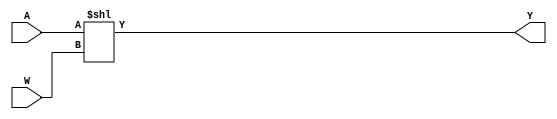
module LeftBarrelShifterA #
(
    parameter WIDTH = 32
)
(
    input  wire [$clog2(WIDTH) - 1 : 0] W,
    input  wire [WIDTH         - 1 : 0] A,
    output reg  [WIDTH         - 1 : 0] Y
);

always @(*)
begin
    Y <= $signed(A) << W;
end

endmodule